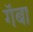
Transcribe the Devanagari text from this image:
गॅबा